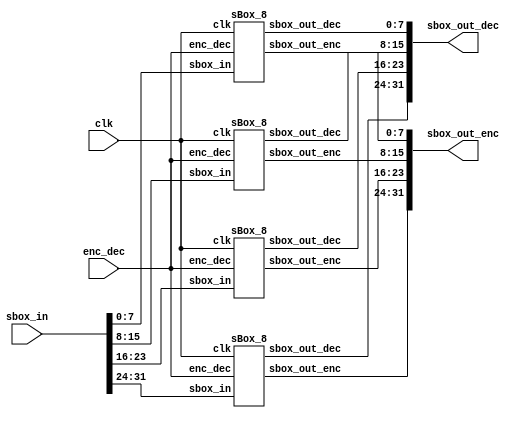

module sBox
#(
  parameter SBOX_NUM = 4
)(
  //OUTPUTS
  output [8*SBOX_NUM - 1:0] sbox_out_enc,
  output [8*SBOX_NUM - 1:0] sbox_out_dec,
	//INPUTS
  input  [8*SBOX_NUM - 1:0] sbox_in,
	input enc_dec,
	input clk
);
  sBox_8 SBOX[SBOX_NUM - 1:0]
  (
    .sbox_out_enc ( sbox_out_enc ),
		.sbox_out_dec ( sbox_out_dec ),
    .sbox_in      ( sbox_in      ),
		.enc_dec      ( enc_dec      ),
		.clk          ( clk          )
  );
  
endmodule
module sBox_8
(
  //OUTPUTS
  output [7:0] sbox_out_enc, // Direct SBOX
	output [7:0] sbox_out_dec, // Inverse SBOX
  //INPUTS
  input  [7:0] sbox_in,
	input enc_dec,
	input clk
);
//`include "include/sbox_functions.vf"

// Functions used by SBOX Logic
// For more detail, see "A Very Compact Rijndael  S-Box" by D. Canright
localparam ENC = 1;
localparam DEC = 0;

function [1:0] gf_sq_2;
	input [1:0] in;
	begin
  	gf_sq_2 = {in[0], in[1]};
	end
endfunction

function [1:0] gf_sclw_2;
	input [1:0] in;
	begin
  	gf_sclw_2 = {^in, in[1]};
  end
endfunction

function [1:0] gf_sclw2_2;
	input [1:0] in;
	begin
  	gf_sclw2_2 = {in[0], ^in};
  end
endfunction

function [1:0] gf_muls_2;
	input [1:0] in1, in2;
  input in3, in4;
	begin
  	gf_muls_2 = ( ~(in1 & in2) ) ^ ( {2{~(in3 & in4)}} );
  end
endfunction

function [1:0] gf_muls_scl_2;
  input [1:0] in1, in2;
  input in3, in4;
	reg [1:0] nand_in1_in2;
  reg nand_in3_in4;
	begin
  	nand_in1_in2 = ~(in1 & in2);
  	nand_in3_in4 = ~(in3 & in4);
  	gf_muls_scl_2 = {nand_in3_in4 ^ nand_in1_in2[0], ^nand_in1_in2};
  end
endfunction

function [3:0] gf_inv_4;
  input [3:0] in;
	reg [1:0] in_hg;
	reg [1:0] in_lw;
	reg [1:0] out_gf_mul_2;
	reg [1:0] out_gf_mul_3;
	reg [1:0] out_gf_sq2_3;
	reg [1:0] in_sq2_3;
	reg xor_in_hg, xor_in_lw;
	begin
		in_hg = in[3:2];
		in_lw = in[1:0];
		xor_in_hg = ^in_hg;
		xor_in_lw = ^in_lw;
		in_sq2_3 = {~(in_hg[1] | in_lw[1]) ^ (~(xor_in_hg & xor_in_lw)), ~(xor_in_hg | xor_in_lw) ^ (~(in_hg[0] & in_lw[0]))};
 
  	out_gf_sq2_3 = gf_sq_2(in_sq2_3);
 		out_gf_mul_2 = gf_muls_2(out_gf_sq2_3, in_lw, ^out_gf_sq2_3, xor_in_lw);
		out_gf_mul_3 = gf_muls_2(out_gf_sq2_3, in_hg, ^out_gf_sq2_3, xor_in_hg);
 		
		gf_inv_4 = {out_gf_mul_2, out_gf_mul_3};
 end
endfunction


function [3:0] gf_sq_scl_4;
  input [3:0] in;
	reg [1:0] in_hg;
	reg [1:0] in_lw;
	reg [1:0] out_gf_sq2_1;
	reg [1:0] out_gf_sq2_2;
	reg [1:0] out_gf_sclw2_1;
	begin
		in_hg = in[3:2];
		in_lw = in[1:0];
		
		out_gf_sq2_1 = gf_sq_2(in_hg ^ in_lw );
 		out_gf_sq2_2 = gf_sq_2(in_lw);
 		out_gf_sclw2_1 = gf_sclw_2(out_gf_sq2_2);
 
 		gf_sq_scl_4 = {out_gf_sq2_1, out_gf_sclw2_1};
	end
endfunction


function [3:0] gf_muls_4;
  input [3:0] in1;
  input [3:0] in2;	
	reg [1:0] in1_hg;
	reg [1:0] in1_lw;
	reg [1:0] in2_hg;
	reg [1:0] in2_lw;
	reg [1:0] xor_in1_hl;
	reg [1:0] xor_in2_hl;
	reg [1:0] out_gf_mul_1;
	reg [1:0] out_gf_mul_2;
	reg [1:0] out_gf_mul_scl_1;
	begin
 		in1_hg = in1[3:2];
		in1_lw = in1[1:0];
 		in2_hg = in2[3:2];
 		in2_lw = in2[1:0];
 		xor_in1_hl = in1_hg ^ in1_lw;
 		xor_in2_hl = in2_hg ^ in2_lw;

		out_gf_mul_1 = gf_muls_2(in1_hg, in2_hg, in1[3] ^ in1[2], in2[3] ^ in2[2]);
 		out_gf_mul_2 = gf_muls_2(in1_lw, in2_lw, in1[1] ^ in1[0], in2[1] ^ in2[0]);
		out_gf_mul_scl_1 = gf_muls_scl_2(xor_in1_hl, xor_in2_hl, ^xor_in1_hl, ^xor_in2_hl);
 
  	gf_muls_4 = {out_gf_mul_1 ^ out_gf_mul_scl_1,  out_gf_mul_2 ^ out_gf_mul_scl_1};
	end
endfunction

function [3:0] gf_inv_8_stage1;
  input [7:0] in;
	reg [3:0] in_hg;
	reg [3:0] in_lw;
	reg [3:0] out_gf_mul4_2;
	reg [3:0] out_gf_mul4_3;
	reg [3:0] out_gf_inv4_2;
	reg c1, c2, c3;
	begin
		in_hg = in[7:4];
		in_lw = in[3:0];
          
 		c1 = ~((in_hg[3] ^ in_hg[2]) & (in_lw[3] ^ in_lw[2]));
 		c2 = ~((in_hg[2] ^ in_hg[0]) & (in_lw[2] ^ in_lw[0]));
 		c3 = ~((^in_hg) & (^in_lw));

 		gf_inv_8_stage1 = 
				 {(~((in_hg[2] ^ in_hg[0]) | (in_lw[2] ^ in_lw[0])) ^ (~(in_hg[3] & in_lw[3]))) ^ c1 ^ c3, 
          (~((in_hg[3] ^ in_hg[1]) | (in_lw[3] ^ in_lw[1])) ^ (~(in_hg[2] & in_lw[2]))) ^ c1 ^ c2, 
          (~((in_hg[1] ^ in_hg[0]) | (in_lw[1] ^ in_lw[0])) ^ (~(in_hg[1] & in_lw[1]))) ^ c2 ^ c3, 
          ((~(in_hg[0] | in_lw[0])) ^ (~((in_hg[1] ^ in_hg[0]) & (in_lw[1] ^ in_lw[0])))) ^ (~((in_hg[3] ^ in_hg[1]) & (in_lw[3] ^ in_lw[1]))) ^ c2}; 
	end
endfunction

function [7:0] gf_inv_8_stage2;
  input [7:0] in;
	input [3:0] c;
	reg [3:0] in_hg;
	reg [3:0] in_lw;
	reg [3:0] out_gf_mul4_2;
	reg [3:0] out_gf_mul4_3;
	reg [3:0] out_gf_inv4_2;
	reg c1, c2, c3;
	begin
		in_hg = in[7:4];
		in_lw = in[3:0];
          
		out_gf_inv4_2 = gf_inv_4(c);
		out_gf_mul4_2 = gf_muls_4(out_gf_inv4_2, in_lw);
		out_gf_mul4_3 = gf_muls_4(out_gf_inv4_2, in_hg);

 		gf_inv_8_stage2 = {out_gf_mul4_2, out_gf_mul4_3};
	end
endfunction

function [15:0] isomorphism;
  input [7:0] in;
  reg r1, r2, r3, r4, r5, r6, r7, r8, r9;
  reg [7:0] enc, dec;
  begin
    r1 = in[7]  ^ in[5];
    r2 = in[7] ~^ in[4];
    r3 = in[6]  ^ in[0];
    r4 = in[5] ~^ r3;
    r5 = in[4]  ^ r4;
    r6 = in[3]  ^ in[0];
    r7 = in[2]  ^ r1;
    r8 = in[1]  ^ r3;
    r9 = in[3]  ^ r8;
    
    enc = {r7 ~^ r8, r5, in[1] ^ r4, r1 ~^ r3, in[1] ^ r2 ^ r6, ~in[0], r4, in[2] ~^ r9};
    dec = {r2, in[4] ^ r8, in[6] ^ in[4], r9, in[6] ~^ r2, r7, in[4] ^ r6, in[1] ^ r5};
    
    isomorphism = {enc, dec};
  end
endfunction

function [7:0] isomorphism_inv;
  input [7:0] in;
	input op_type;
  reg r1, r2, r3, r4, r5, r6, r7, r8, r9, r10;
  begin
    r1  = in[7]  ^ in[3];
    r2  = in[6]  ^ in[4];
    r3  = in[6]  ^ in[0];
    r4  = in[5] ~^ in[3];
    r5  = in[5] ~^ r1;
    r6  = in[5] ~^ in[1];
    r7  = in[4] ~^ r6;
    r8  = in[2]  ^ r4;
    r9  = in[1]  ^ r2;
    r10 = r3     ^ r5;
    
		if(op_type == ENC)
    	isomorphism_inv = {r4, r1, r3, r5, r2 ^ r5, r3 ^ r8, r7, r9};
		else
    	isomorphism_inv = {in[4] ~^ in[1], in[1] ^ r10, in[2] ^ r10, in[6] ~^ in[1], r8 ^ r9, in[7] ~^ r7, r6, ~in[2]};
    
  end
endfunction




wire [7:0] base_new_enc, base_new_dec, base_new;
//wire [7:0] base_enc, base_dec;
wire [3:0] out_gf_inv8_stage1;
wire [7:0] out_gf_inv8_1;
//wire [7:0] out_gf_inv8_2;

reg [3:0] out_gf_pp;
reg [7:0] base_new_pp;

assign {base_new_enc, base_new_dec} = isomorphism(sbox_in);

assign base_new = ~(enc_dec ? base_new_enc : base_new_dec);
assign out_gf_inv8_stage1 = gf_inv_8_stage1(base_new);

always @(posedge clk)
	begin
		out_gf_pp <= out_gf_inv8_stage1;
		base_new_pp <= base_new;
	end

assign out_gf_inv8_1 = gf_inv_8_stage2(base_new_pp, out_gf_pp);				
	
assign sbox_out_enc = ~isomorphism_inv(out_gf_inv8_1, ENC);
assign sbox_out_dec = ~isomorphism_inv(out_gf_inv8_1, DEC);

endmodule